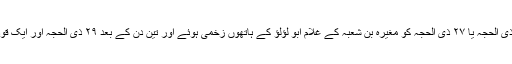
ان مصادر کے مطابق حضرت عمر ۲۶ ذی‌ الحجہ یا ۲۷ ذی‌ الحجہ کو مغیرہ بن شعبہ کے غلام ابو لؤلؤ کے ہاتھوں زخمی ہوئے اور تین دن کے بعد ۲۹ ذی‌ الحجہ اور ایک قول کی بنا پر ۳۰ ذی‌ الحجہ کو فوت ہوئے۔